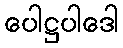
ပေါဋ္ဌပါဒေါ